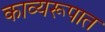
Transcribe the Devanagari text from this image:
काव्यरूपात